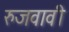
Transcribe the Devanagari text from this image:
रुजवावी